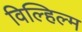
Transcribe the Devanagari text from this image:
विल्हिल्म